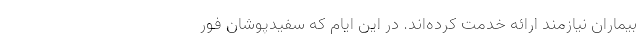
بیماران نیازمند ارائه خدمت کرده‌اند. در این ایام که سفیدپوشان فور